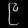
Digit: ၉